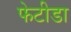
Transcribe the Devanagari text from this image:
फेटीडा